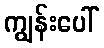
ကျွန်းပေါ်